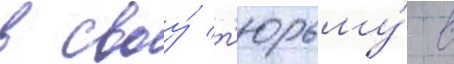
в своу́ т'юрьму́ в